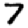
Digit: 7